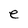
Character: e